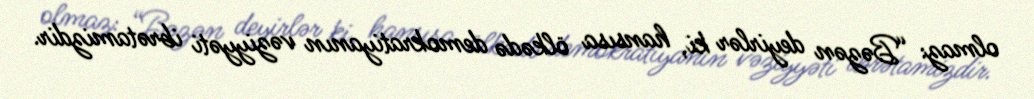
olmaz: “Bəzən deyirlər ki, hansısa ölkədə demokratiyanın vəziyyəti ibrətamizdir.